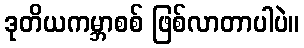
ဒုတိယကမ္ဘာစစ် ဖြစ်လာတာပါပဲ။